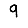
Digit: 9